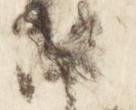
中